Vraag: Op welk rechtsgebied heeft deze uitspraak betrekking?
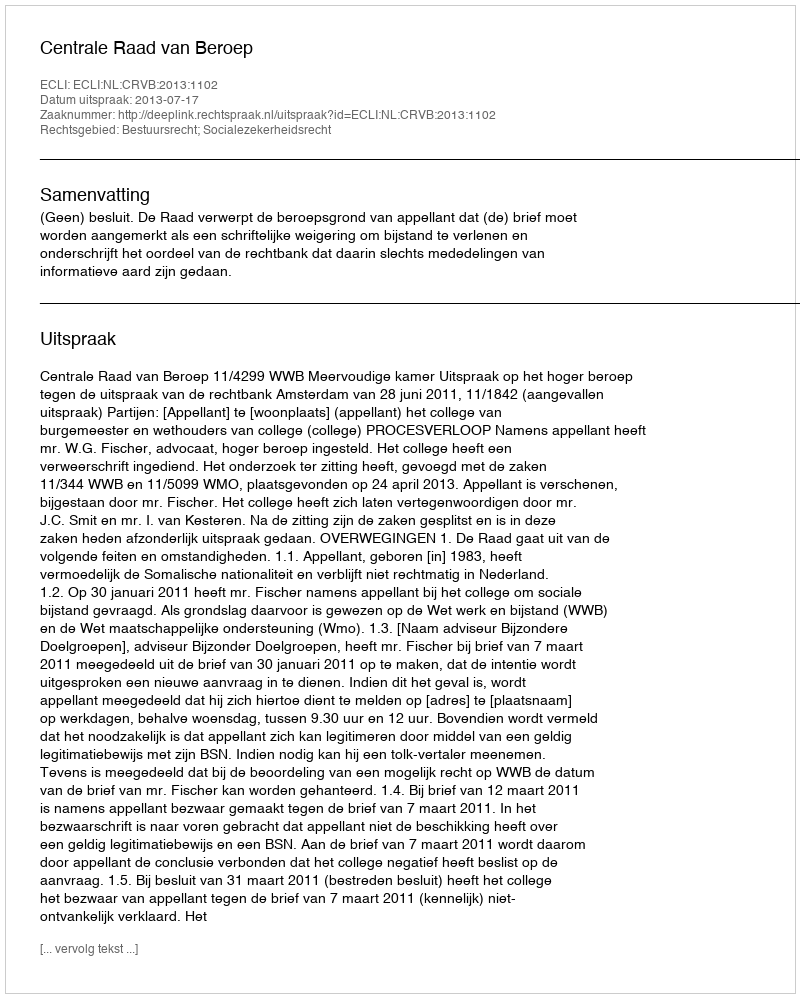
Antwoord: Bestuursrecht; Socialezekerheidsrecht